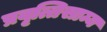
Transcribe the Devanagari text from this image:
प्रवृत्तिसाम्य